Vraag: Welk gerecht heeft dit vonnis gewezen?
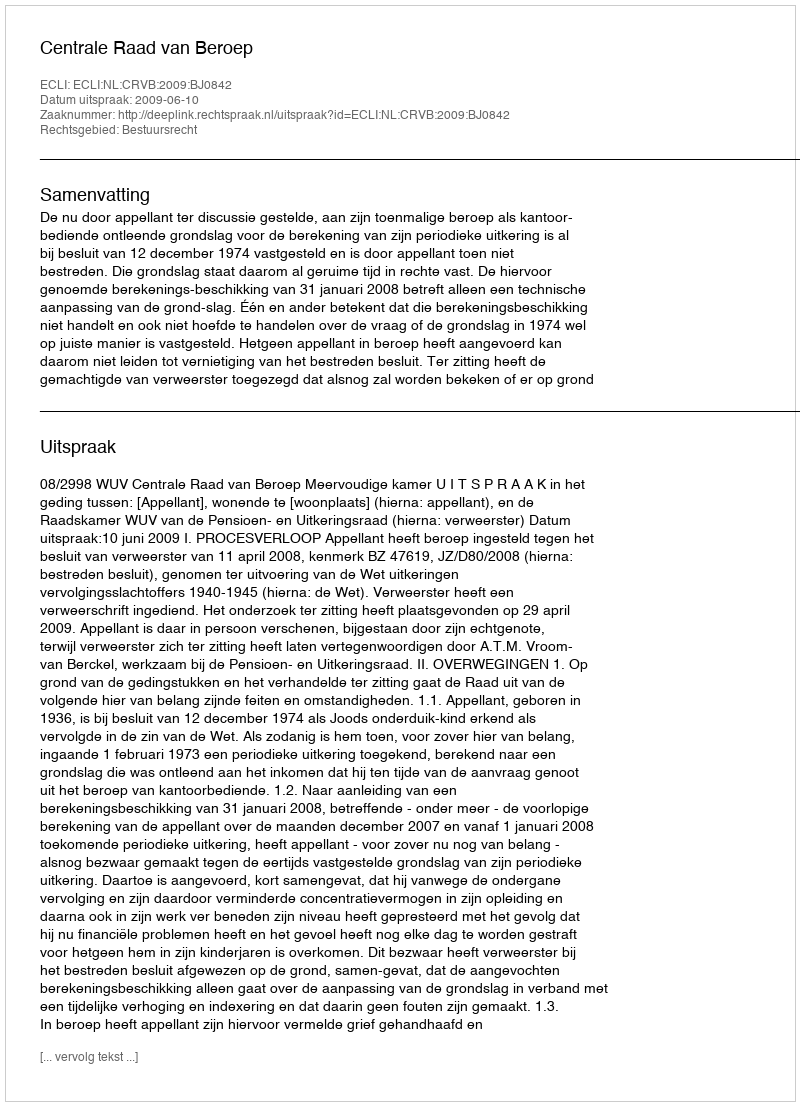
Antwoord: Centrale Raad van Beroep